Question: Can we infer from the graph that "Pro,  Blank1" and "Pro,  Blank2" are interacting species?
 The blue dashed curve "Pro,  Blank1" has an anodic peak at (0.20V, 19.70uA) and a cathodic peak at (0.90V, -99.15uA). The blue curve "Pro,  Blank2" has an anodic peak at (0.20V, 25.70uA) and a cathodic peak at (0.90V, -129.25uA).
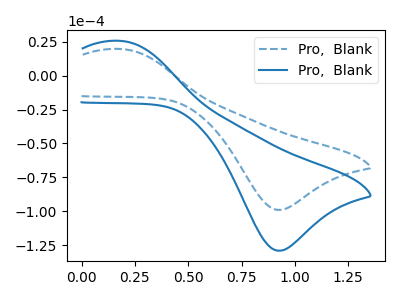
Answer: <think>All the peaks in "Pro,  Blank1" have a peak in "Pro,  Blank2" at the same potential. Every peak in "Pro,  Blank1" is lower than every peak in "Pro,  Blank2".
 </think>
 <answer>No, "Pro,  Blank1" and "Pro,  Blank2" don't appear to be significantly different in shape</answer>
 <eval>no_change</eval>